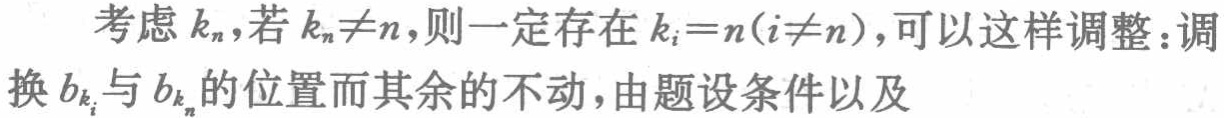
考虑 \(k_{n}\)，若 \(k_{n}\neq n\)，则一定存在 \(k_{i}=n(i\neq n)\)，可以这样调整：调换 \(b_{k_{i}}\) 与 \(b_{k_{n}}\) 的位置而其余的不动，由题设条件以及